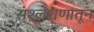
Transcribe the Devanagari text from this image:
संश्लेशणातून